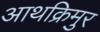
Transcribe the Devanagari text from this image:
आथक्रिमुर